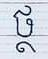
ថ្ថ